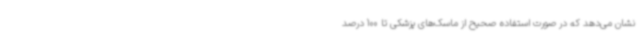
نشان می‌دهد که در صورت استفاده صحیح از ماسک‌های پزشکی تا 100 درصد